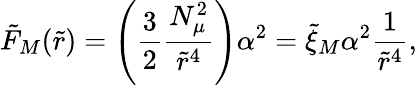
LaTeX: \tilde{F}_{M}(\tilde{r})=\left(\frac{3}{2}\frac{N_{\mu}^{2}}{\tilde{r}^{4}}\right)\alpha^{2}=\tilde{\xi}_{M}\alpha^{2}\frac{1}{\tilde{r}^{4}},